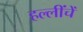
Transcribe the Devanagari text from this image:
हल्लींचें